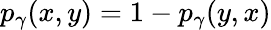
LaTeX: p_{\gamma}(x,y)=1-p_{\gamma}(y,x)